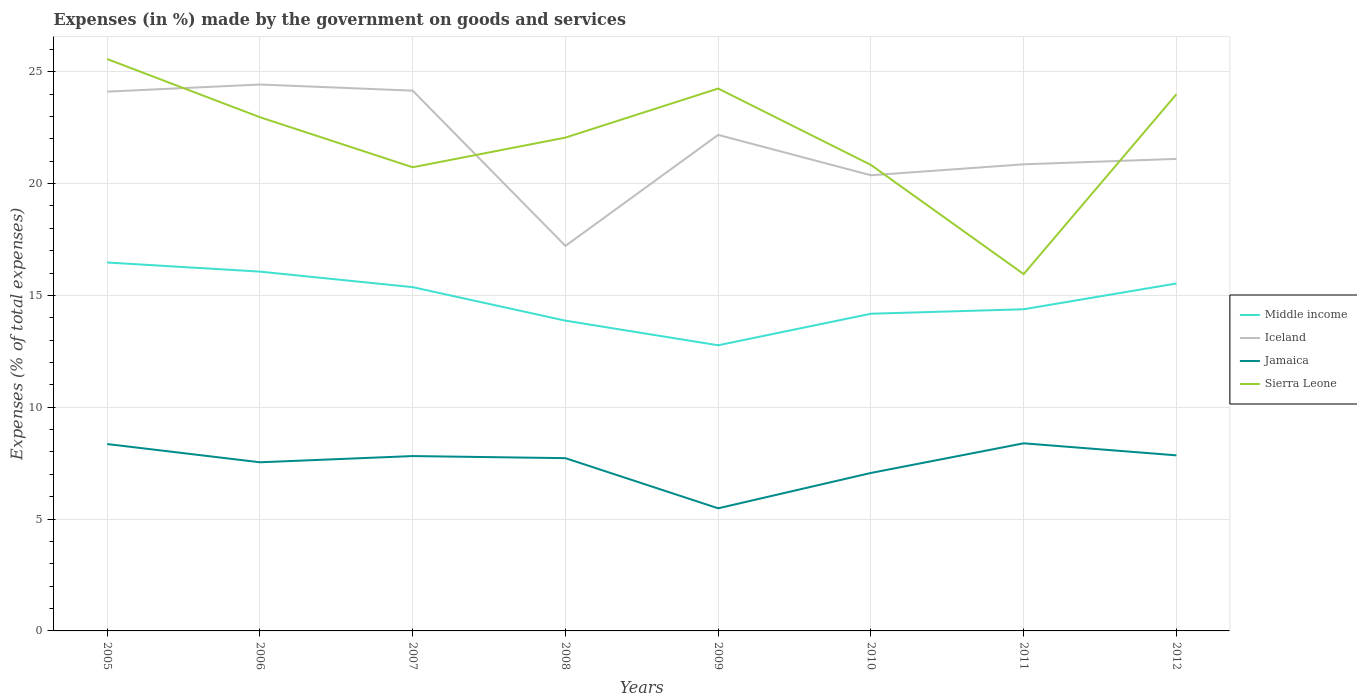
| Years | Middle income | Iceland | Jamaica | Sierra Leone |
 | --- | --- | --- | --- | --- |
 | 2005 | 16.5 | 24.1 | 8.36 | 25.6 |
 | 2006 | 16.1 | 24.4 | 7.54 | 23 |
 | 2007 | 15.4 | 24.2 | 7.82 | 20.7 |
 | 2008 | 13.9 | 17.2 | 7.72 | 22.1 |
 | 2009 | 12.8 | 22.2 | 5.48 | 24.3 |
 | 2010 | 14.2 | 20.4 | 7.06 | 20.8 |
 | 2011 | 14.4 | 20.9 | 8.39 | 16 |
 | 2012 | 15.5 | 21.1 | 7.85 | 24 |